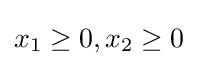
x_{1}\geq 0,x_{2}\geq 0